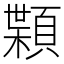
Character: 𩔑